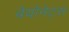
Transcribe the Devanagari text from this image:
बेयोनेट्स